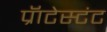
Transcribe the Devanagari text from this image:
प्रॅाटेस्टंट